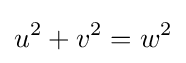
u^{2}+v^{2}=w^{2}